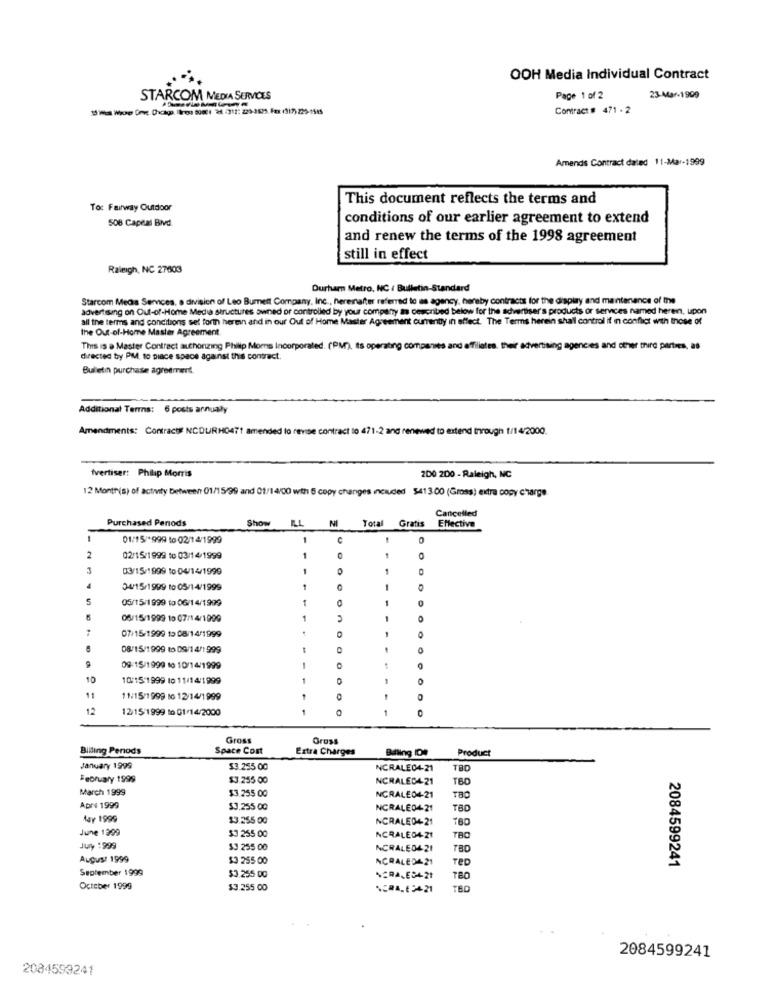
OOH Media Individual Contract
STARCOM MEDIA SERVICES
Page 1 of 2
23-Mar-1909
Contract # 471 - 2
Amends Contract daled 11-Mar-1999
This document reflects the terms and
To: Fairway Outdoor
508 Capeal Blvd
conditions of our earlier agreement to extend
and renew the terms of the 1998 agreement
still in effect
Raleigh, NC 27603
Durham Metro, NC / Bulletin-Standard
Starcom Media Sennces, a division of Leo Burnett Company, Inc ., herentafter referred to as agency, hereby contracts for the display and maintenance of the
advertising on Out-of-Home Media structures owned or controlled by your company a described below for the advertiser's products or services named herein, upon
all the terms and conditions sel forin heren and in our Out of Home Master Agreement currently in affect. The Terms herein shall control if i conflict with those of
the Out-of-Home Master Agreement.
This is a Master Contract authorizing Philip Mors Incorporated. (PM), Is operating companies and affiliates, their advertising agencies and other third parties, 88
directed by PM, to piace space against this contract.
Bulletin purchase agreement.
Additional Terms: 6 posts annualy
Amendments: Contracty NCDURH0471 amended to revise contract to 471-2 and renewed to extend through 1/14/2000.
fvertiser: Philip Morris
200 200 - Raleigh, NC
12 Month(s) of activity Detween 01/15/99 and 01/14/00 with 5 copy changes included 5413.00 (Gross) extra copy charge
Cancelled
Purchased Periods
NI
Effective
Show
Total Gratis
01/15/*999 to 02/14/1999
0
2
02/15/1999 to 03/14/1999
03/15/1999 to 04/14/1999
4
3-4/15/1999 to 05/14/1999
5
05/15/1999 to 06/14/1999
1
06/15/1999 10 07/14/1999
1
07/15/1999 15 08/14/1999
08/15/1999 to 09/14/1 999
09:15/1999 1o 10/14/1999
10
10:15-1999 10 11/14/1999
11
11/15/1999 Bo 12/14/1999
12
12/15/1999 to 01/14/2000
Gross
Gross
Billing Periods
Space Cost
Extra Charges
Balling IDA
Product
January 1999
$3.255 00
NCRALE04-21
TBD
February 1999
$3.255 00
NCRALED4-21
TBD
March 1999
$3.255.00
NCRALE04-21
Apr 1999
$3.255 00
NCRALE04 21
TBD
May 1999
$3.255 00
NCRALED+ 21
180
June 1999
$3 255 00
NCRALE04-21
TBC
Juy :999
$3 255 00
NCRALE0421
TBD
August 1999
$3 255 00
NCRALEDA 21
Tep
September 1999
2084599241
$3.255 00
42RALES4-21
180
October 1999
$3.255 00
.CRA. 12421
2084599241
2084593241